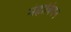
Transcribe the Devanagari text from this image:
मेह्राबियन